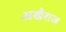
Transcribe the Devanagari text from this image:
अखैराज